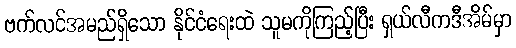
ဗက်လင်အမည်ရှိသော နိုင်ငံရေးထဲ သူမကိုကြည့်ပြီး ရှယ်လီကဒီအိမ်မှာ